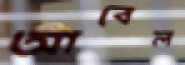
আবেল